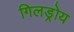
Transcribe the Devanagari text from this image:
गिलड्रोय